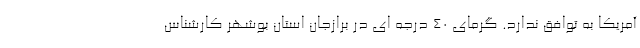
آمریکا به توافق ندارد. گرمای 40 درجه ای در برازجان استان بوشهر کارشناس